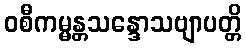
ဝစီကမ္မန္တသန္ဒောသဗျာပတ္တိ